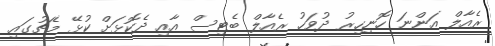
ރެއާލް އަންނަ ހޮނިހިރު ދުވަހު ރެއާލް ބެޓިސް އާއި ދެކޮޅަށް ކުޅޭ މެޗުގައި